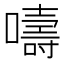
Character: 嚋